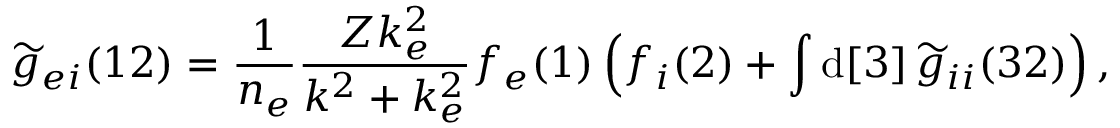
\widetilde { g } _ { e i } ( 1 2 ) = \frac { 1 } { n _ { e } } \frac { Z k _ { e } ^ { 2 } } { k ^ { 2 } + k _ { e } ^ { 2 } } f _ { e } ( 1 ) \left( f _ { i } ( 2 ) + \int \mathrm { d } [ 3 ] \, \widetilde { g } _ { i i } ( 3 2 ) \right) ,